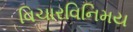
વિચારવિનિમય